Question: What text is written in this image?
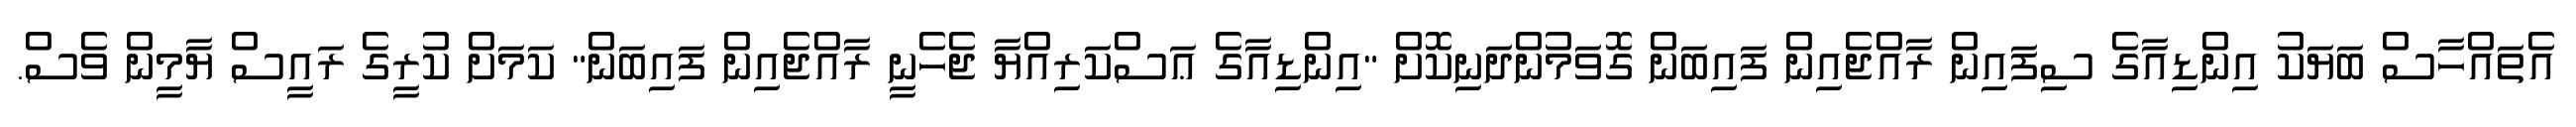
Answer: އެތައްހާސް ބަޔަކު އިންޑިއާގެ ސިފައިން ރާއްޖެއިން ފައިބަން ގޮވަމުންދަނިކޮށް "އިންޑިއާގެ ޢަސްކަރިއްޔާ ޖެހެނީ ރާއްޖެއިން ފައިބަން" ކަމަށް ކުރީގެ ރައީސް ޔާމީން ވެސް.